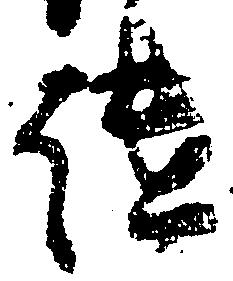
継